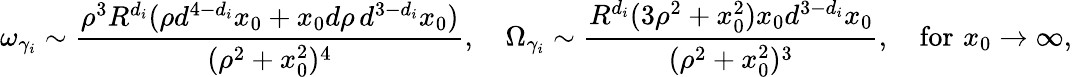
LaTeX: {\omega}_{\gamma_{i}}\sim{\frac{\rho^{3}R^{d_{i}}(\rho d^{4-d_{i}}x_{0}+x_{0}d\rho\, d^{3-d_{i}}x_{0})}{(\rho^{2}+x_{0}^{2})^{4}}},\quad{\Omega}_{\gamma_{i}}\sim{\frac{R^{d_{i}}(3\rho^{2}+x_{0}^{2})x_{0}d^{3-d_{i}}x_{0}}{(\rho^{2}+x_{0}^{2})^{3}}},\quad\mathrm{for}\, \, x_{0}\rightarrow\infty,